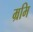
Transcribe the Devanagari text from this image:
म्रमि